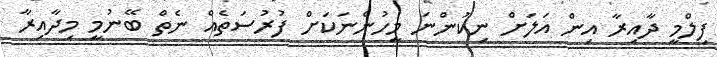
ފިލްމީ ދާއިރާ އިން އަލަށް ނިކުންނަ މީހުންނަކަށް ފުރުސަތެއް ނެތް ބޭނުމީ މިދާއިރާ